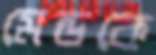
মেন্ডকে